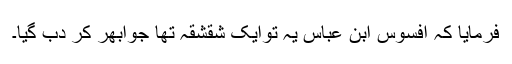
فرمایا کہ افسوس ابن عباس یہ توایک شقشقہ تھا جوابھر کر دب گیا۔